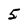
Character: 5